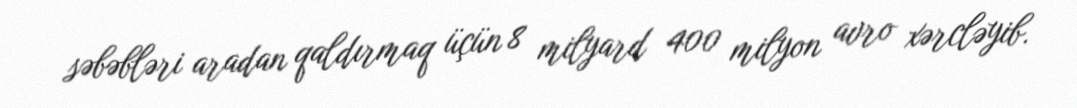
səbəbləri aradan qaldırmaq üçün 8 milyard 400 milyon avro xərcləyib.